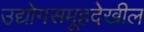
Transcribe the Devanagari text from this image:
उद्योगसमूहदेखील